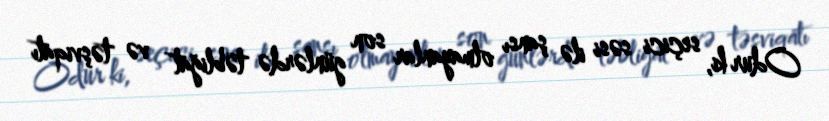
Odur ki, seçici səsi ilə şansı olmayanlar son günlərdə təbliğat və təşviqatı